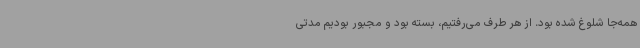
همه‌جا شلوغ شده بود. از هر طرف می‌رفتیم، بسته بود و مجبور بودیم مدتی